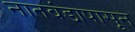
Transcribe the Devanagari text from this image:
नातवंडापासून